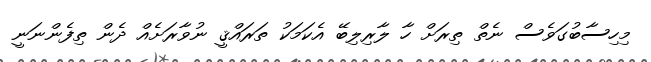
މިހިސާބުގަވެސް ނެތް ތިރަށް ހާ ލާރިލިބޭ އެކަމަކު ތަރައްޤީ ނުވާރަށެއް ދެން ތިފެންނަނީ